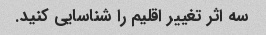
سه اثر تغییر اقلیم را شناسایی کنید.